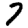
Digit: 7